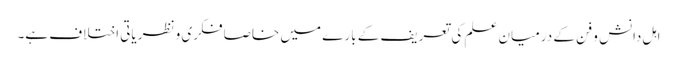
اہلِ دانش و فن کے درمیان علم کی تعریف کے بارے میں خاصا فکری و نظریاتی اختلاف ہے۔